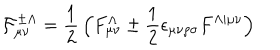
LaTeX: { \cal F } _ { \mu \nu } ^ { \pm \Lambda } = { \frac { 1 } { 2 } } \, \Bigl ( F _ { \mu \nu } ^ { \Lambda } \pm { \frac { 1 } { 2 } } \epsilon _ { \mu \nu \rho \sigma } F ^ { \Lambda \vert \mu \nu } \Bigr )